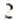
2